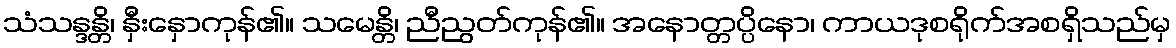
သံသန္ဒန္တိ၊ နှီးနှောကုန်၏။ သမေန္တိ၊ ညီညွတ်ကုန်၏။ အနောတ္တပ္ပိနော၊ ကာယဒုစရိုက်အစရှိသည်မှ